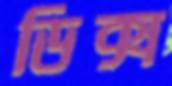
ডিক্স